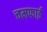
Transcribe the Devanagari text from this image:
चमफाई